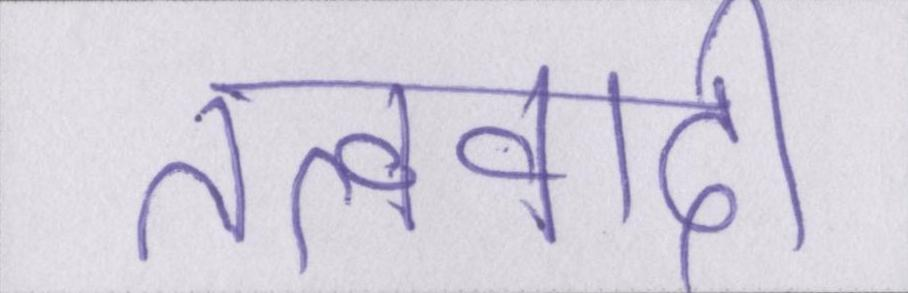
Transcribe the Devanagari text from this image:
तत्ववादी